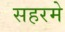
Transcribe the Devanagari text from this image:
सहरमे